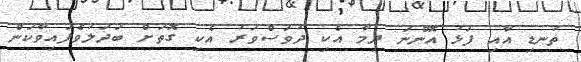
ތުނޑި އާއި ފަޅު އޮންނަ ދިމާ އެކި ދުވަސްވަރު އެކި ގޮތަށް ބަދަލުވެފައިވާކަން